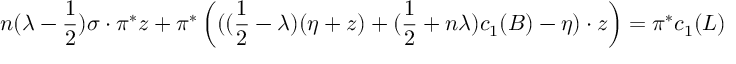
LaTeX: n ( \lambda - \frac { 1 } { 2 } ) \sigma \cdot \pi ^ { * } z + \pi ^ { * } \left( ( ( \frac { 1 } { 2 } - \lambda ) ( \eta + z ) + ( \frac { 1 } { 2 } + n \lambda ) c _ { 1 } ( B ) - \eta ) \cdot z \right) = \pi ^ { * } c _ { 1 } ( L )